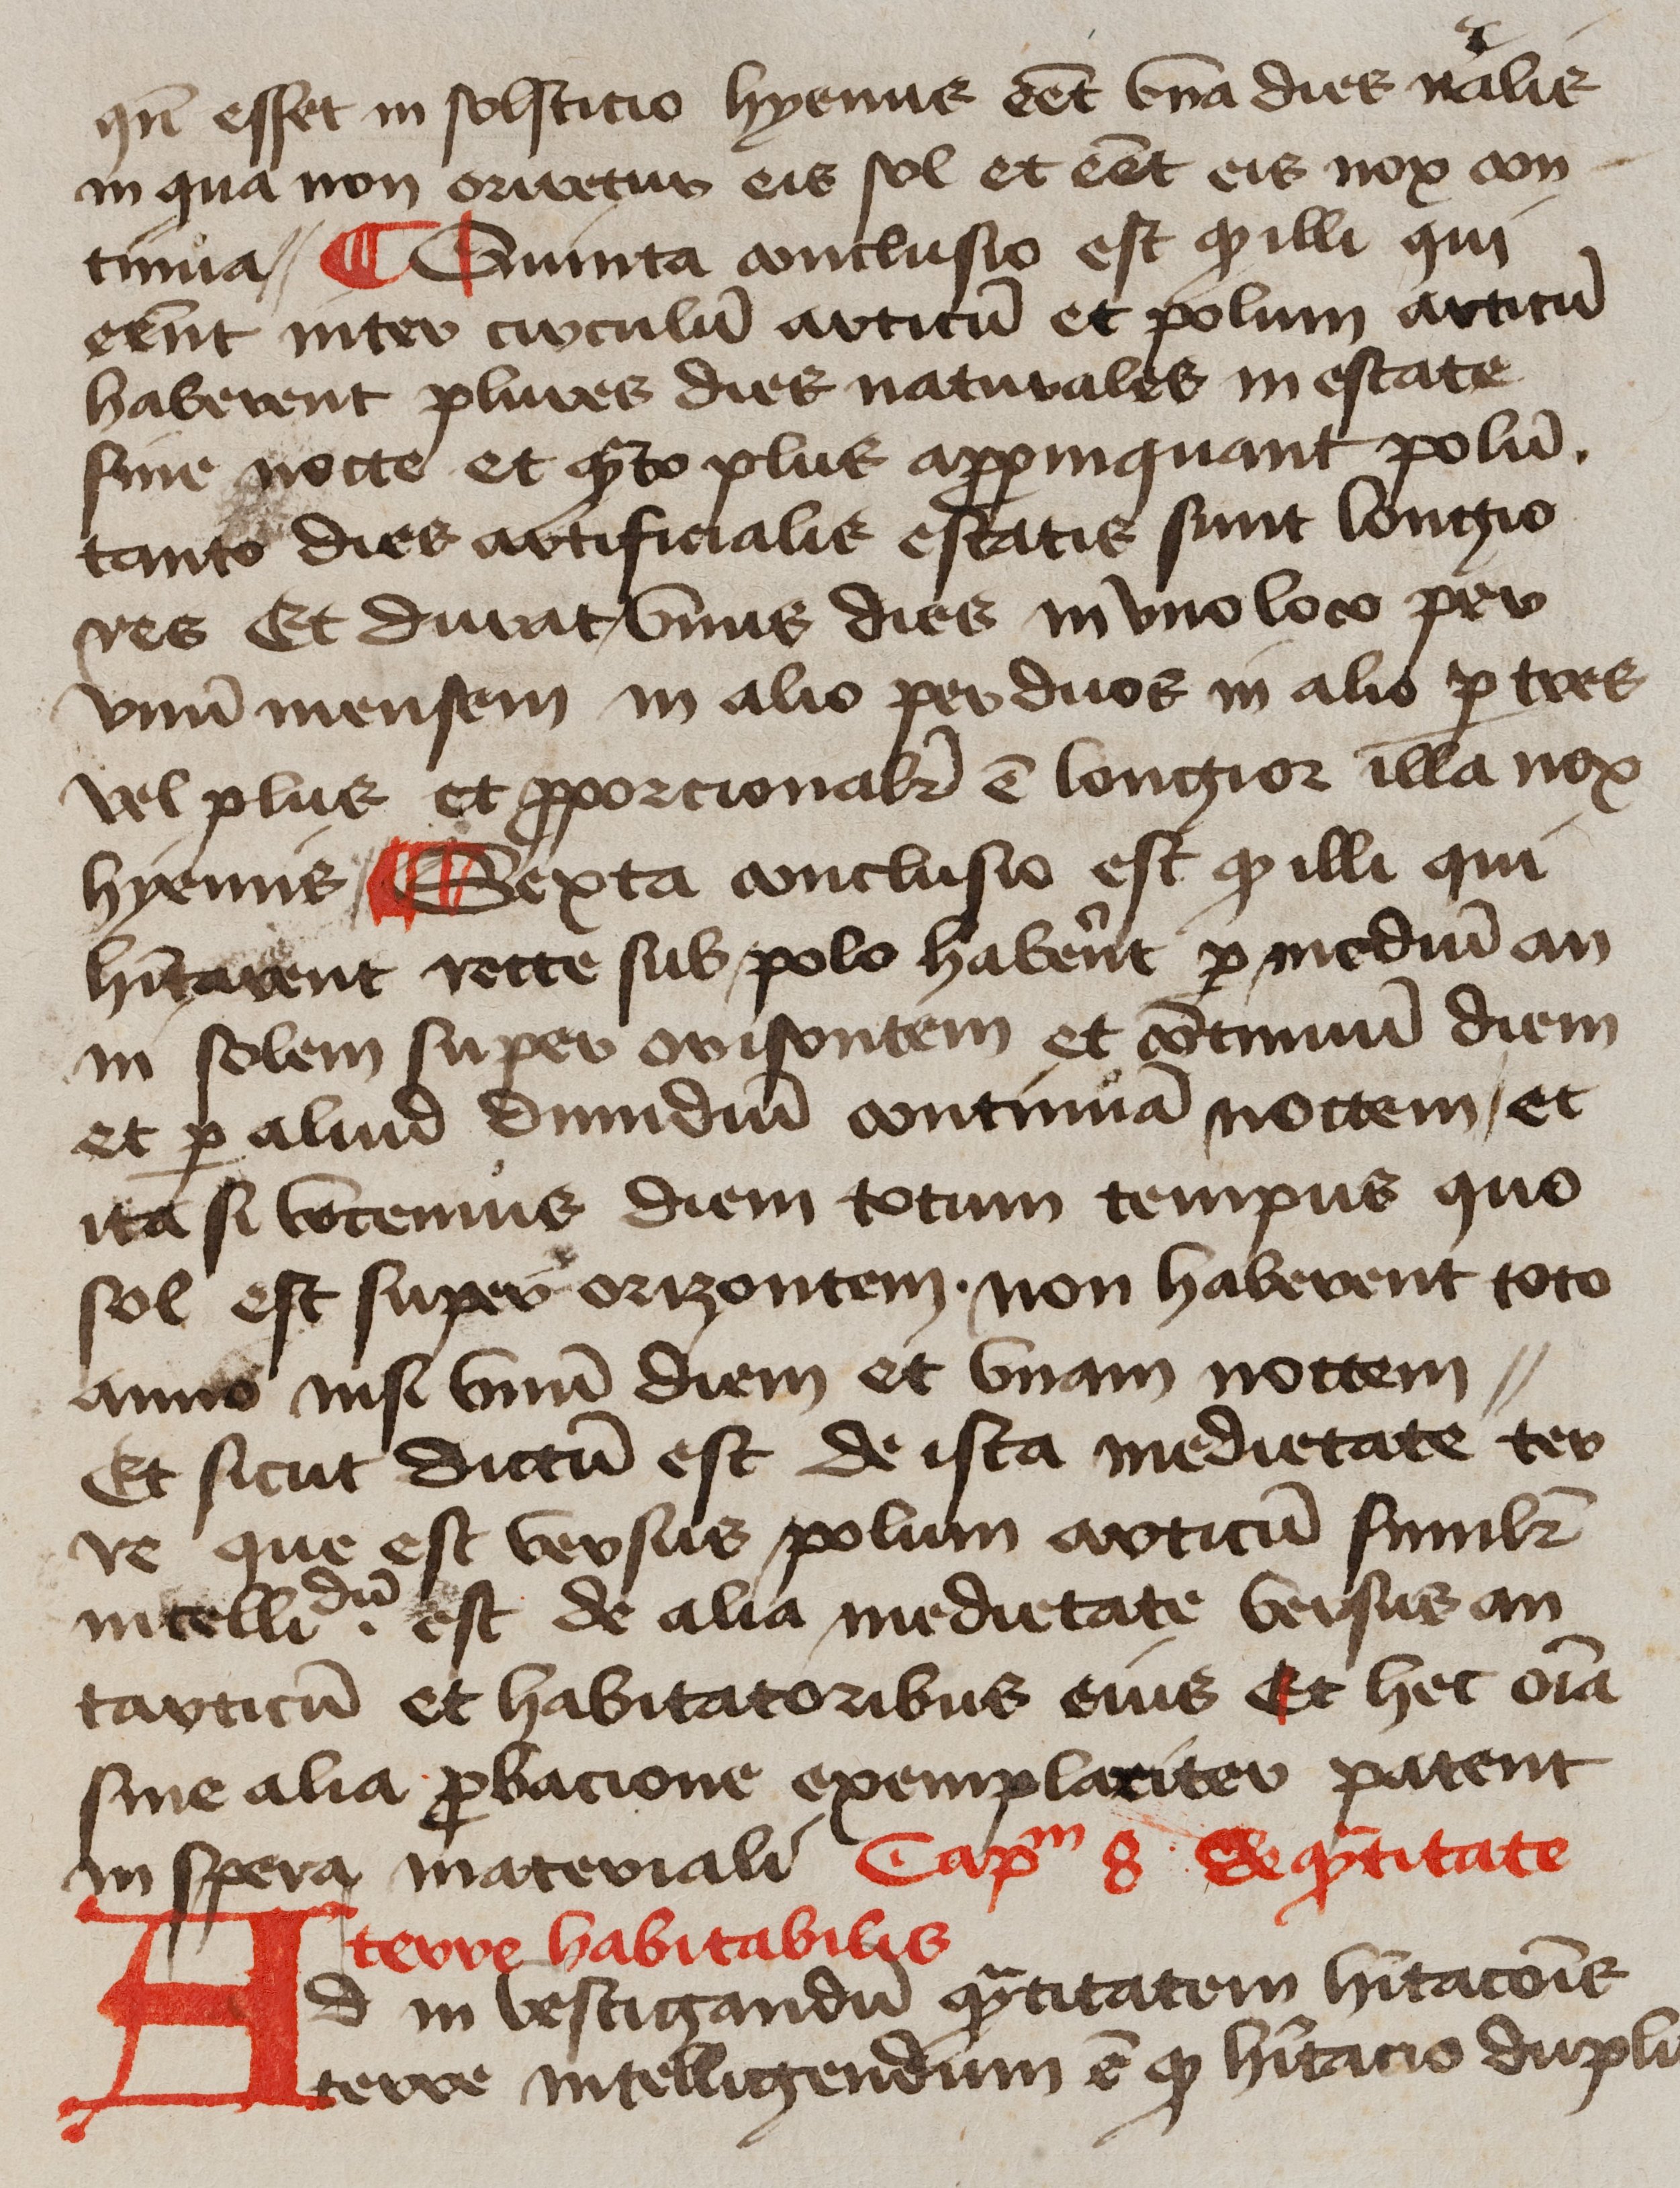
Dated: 1425–1449